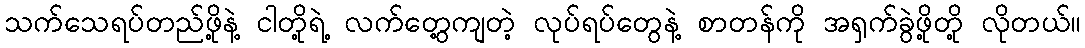
သက်သေရပ်တည်ဖို့နဲ့ ငါတို့ရဲ့ လက်တွေ့ကျတဲ့ လုပ်ရပ်တွေနဲ့ စာတန်ကို အရှက်ခွဲဖို့တို့ လိုတယ်။